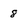
Character: 8